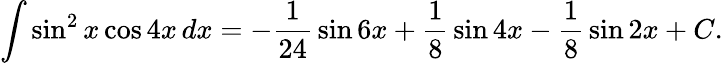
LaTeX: \int\sin^{2}x\cos 4x\, dx=-{\frac{1}{24}}\sin 6x+{\frac{1}{8}}\sin 4x-{\frac{1}{8}}\sin 2x+C.